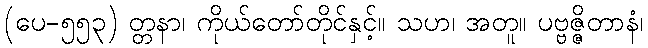
(ပေ-၅၅၃) တ္တနာ၊ ကိုယ်တော်တိုင်နှင့်။ သဟ၊ အတူ။ ပဗ္ဗဇ္ဇိတာနံ၊